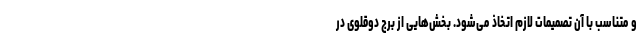
و متناسب با آن تصمیمات لازم اتخاذ می‌شود. بخش‌هایی از برج دوقلوی در